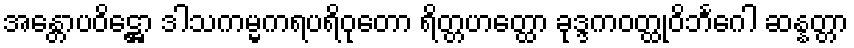
အန္တောပဝိဋ္ဌော ဒါသကမ္မကရပရိဝုတော ရိတ္တဟတ္ထော ခုဒ္ဒကဝတ္ထုဝိဘင်္ဂေါ ဆန္နတ္တာ